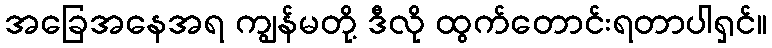
အခြေအနေအရ ကျွန်မတို့ ဒီလို ထွက်တောင်းရတာပါရှင်။